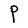
Character: P